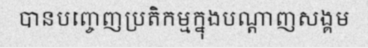
បានបញ្ចេញប្រតិកម្មក្នុងបណ្តាញសង្គម